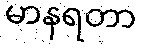
မာနရတာ